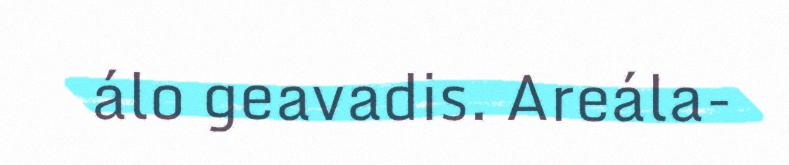
álo geavadis. Areála-